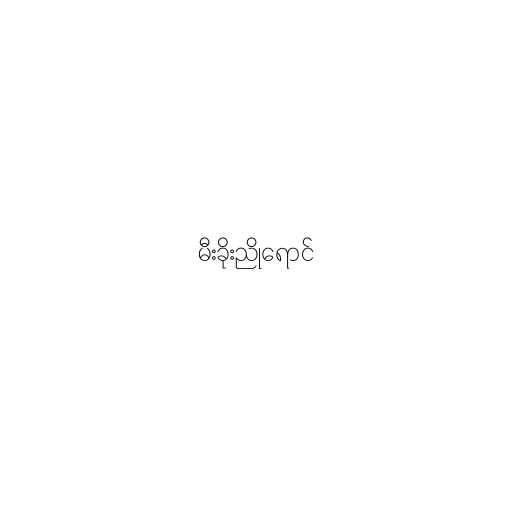
မီးခိုးညိုရောင်